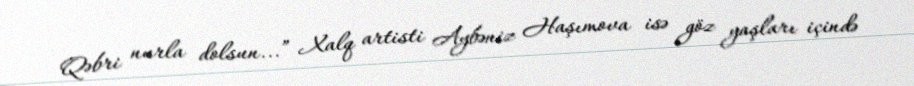
Qəbri nurla dolsun...” Xalq artisti Aybəniz Haşımova isə göz yaşları içində